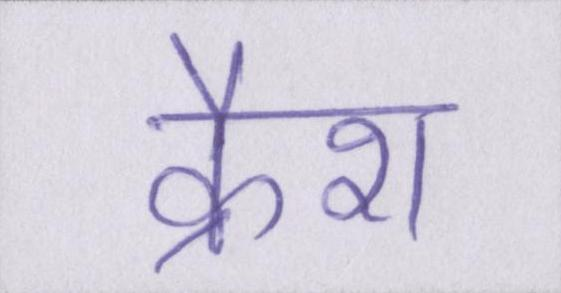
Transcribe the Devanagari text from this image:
क्रैश